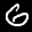
Label: 6